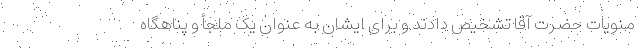
منویات حضرت آقا تشخیص دادند و برای ایشان به عنوان یک ملجأ و پناهگاه